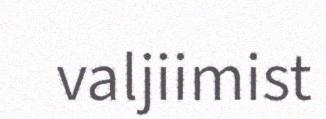
valjiimist